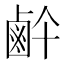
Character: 𱊶